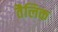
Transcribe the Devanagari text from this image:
तैलिक